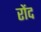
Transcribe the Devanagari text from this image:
रोंद